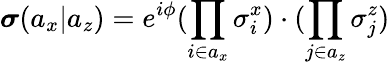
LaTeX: \boldsymbol{\sigma}(a_{x}|a_{z})=e^{i\phi}(\prod_{i\in a_{x}}\sigma_{i}^{x})\cdot(\prod_{j\in a_{z}}\sigma_{j}^{z})